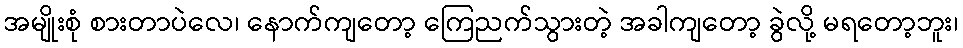
အမျိုးစုံ စားတာပဲလေ၊ နောက်ကျတော့ ကြေညက်သွားတဲ့ အခါကျတော့ ခွဲလို့ မရတော့ဘူး၊